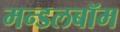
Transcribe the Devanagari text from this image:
मन्डलबॉम